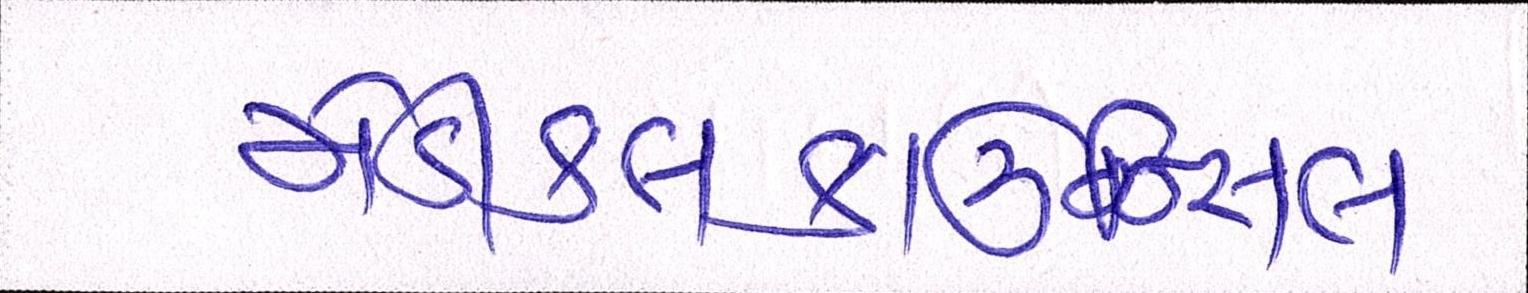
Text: મેડીકલકાઉન્સિલ